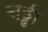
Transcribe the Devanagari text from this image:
चड्ढी